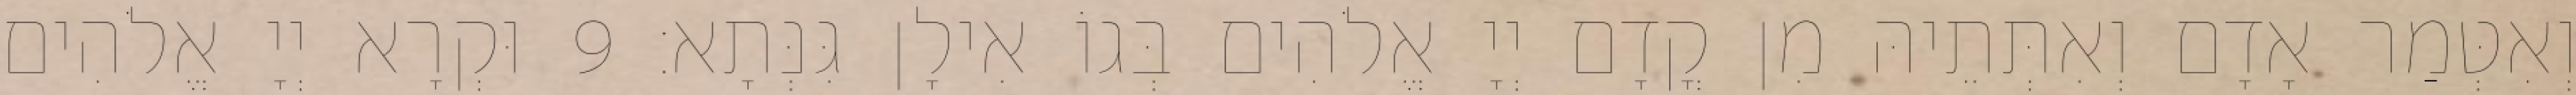
וְאִטְּמַר אָדָם וְאִתְּתֵיהּ מִן קֳדָם יְיָ אֱלֹהִים בְּגוֹ אִילָן גִּנְּתָא׃ 9 וּקְרָא יְיָ אֱלֹהִים